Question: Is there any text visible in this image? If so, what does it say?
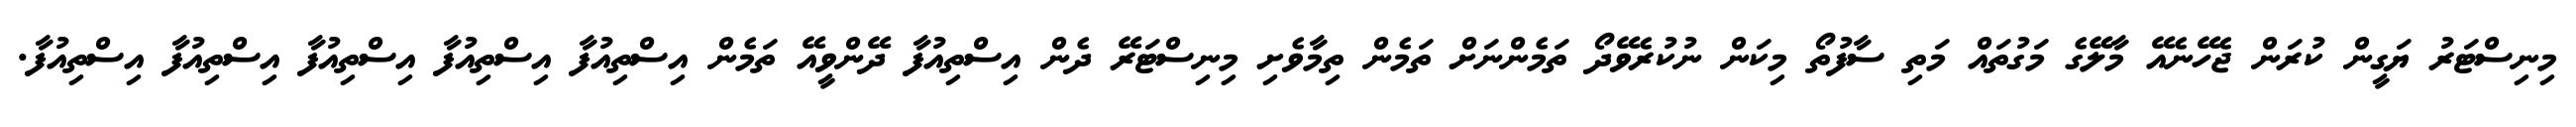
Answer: މިނިސްޓަރު ޔަގީން ކުރަން ޖެހޭނެއޭ މާލޭގެ މަގުތައް މަތި ސާފުތޯ މިކަން ނުކުރެވޭދޯ ތަމެންނަށް ތަމެން ތިމާވެށި މިނިސްޓަރޭ ދެން އިސްތިއުފާ ދޭންވީއޭ ތަމެން އިސްތިއުފާ އިސްތިއުފާ އިސްތިއުފާ އިސްތިއުފާ އިސްތިއުފާ.